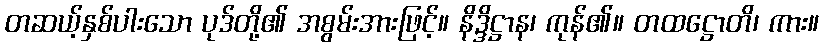
တဆယ့်နှစ်ပါးသော ပုဒ်တို့၏ အစွမ်းအားဖြင့်။ နိဒ္ဒိဋ္ဌာန၊ ကုန်၏။ တထဋ္ဌောတိ၊ ကား။